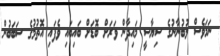
ނަމަވެސް ލުބުނާނުގެ ސިޔާސީ މައިދާން ވަރަށް ބޮޑަށް ބައިބައި ވެފައި އޮތުމުގެ ސަބަބުން